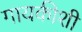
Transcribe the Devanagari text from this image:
गायकीशी